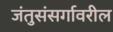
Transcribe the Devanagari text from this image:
जंतुसंसर्गावरील